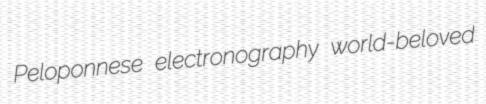
Peloponnese electronography world-beloved